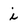
Character: i